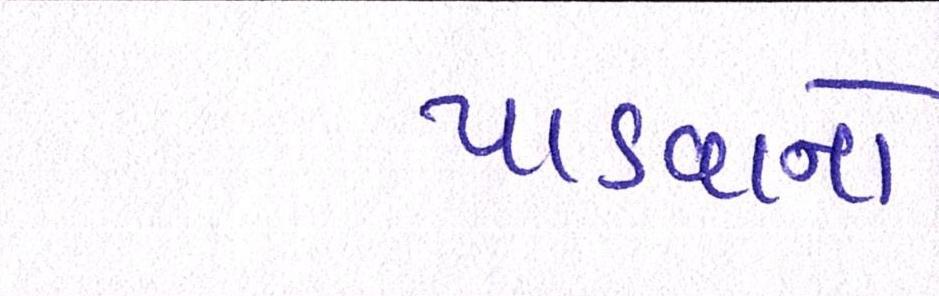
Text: પાડવાનો